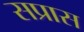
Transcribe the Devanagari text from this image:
सप्रास